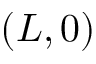
( L , 0 )